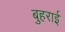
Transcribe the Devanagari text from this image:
बुहराई